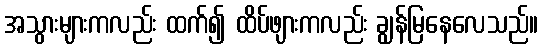
အသွားများကလည်း ထက်၍ ထိပ်ဖျားကလည်း ချွန်မြနေလေသည်။